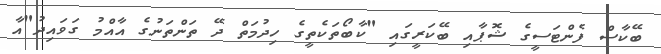
ބޭކާސް ފެންޓަސީގެ ޝޮޕާއި ބޭކަރީގައި "ކާބޯތަކެތީގެ ހިދުމަތް ދޭ ތަންތަނުގެ އާއްމު ގަވައިދު"އާ